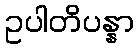
ဥပါတိပန္နာ